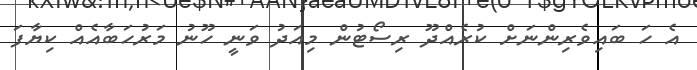
އެ ހަ ބައިވެރިންނަށް ކުރެއްދޫ ރިސޯޓުން މިއަދު ވަނީ ހޫނު މަރުހަބާއެއް ކިޔާފަ